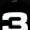
Digit: 3